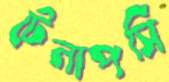
টেলাপসি